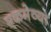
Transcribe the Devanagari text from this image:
एकमेव्या